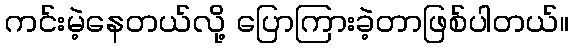
ကင်းမဲ့နေတယ်လို့ ပြောကြားခဲ့တာဖြစ်ပါတယ်။